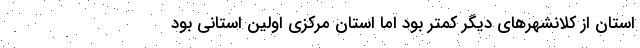
استان از کلانشهرهای دیگر کمتر بود اما استان مرکزی اولین استانی بود